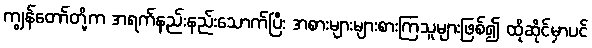
ကျွန်တော်တို့က အရက်နည်းနည်းသောက်ပြီး အစားများများစားကြသူများဖြစ်၍ ထိုဆိုင်မှာပင်